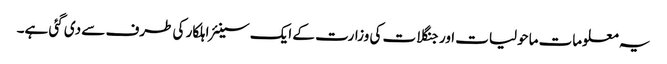
یہ معلومات ماحولیات اور جنگلات کی وزارت کے ایک سینئر اہلکار کی طرف سے دی گئی ہے۔